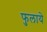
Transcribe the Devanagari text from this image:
फुलाये